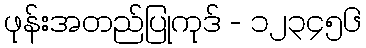
ဖုန်းအတည်ပြုကုဒ် - ၁၂၃၄၅၆